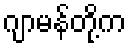
ဂျာမန်တို့က